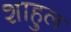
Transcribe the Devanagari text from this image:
शाहुल